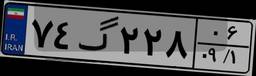
۷۴گ۲۲۸۰۶